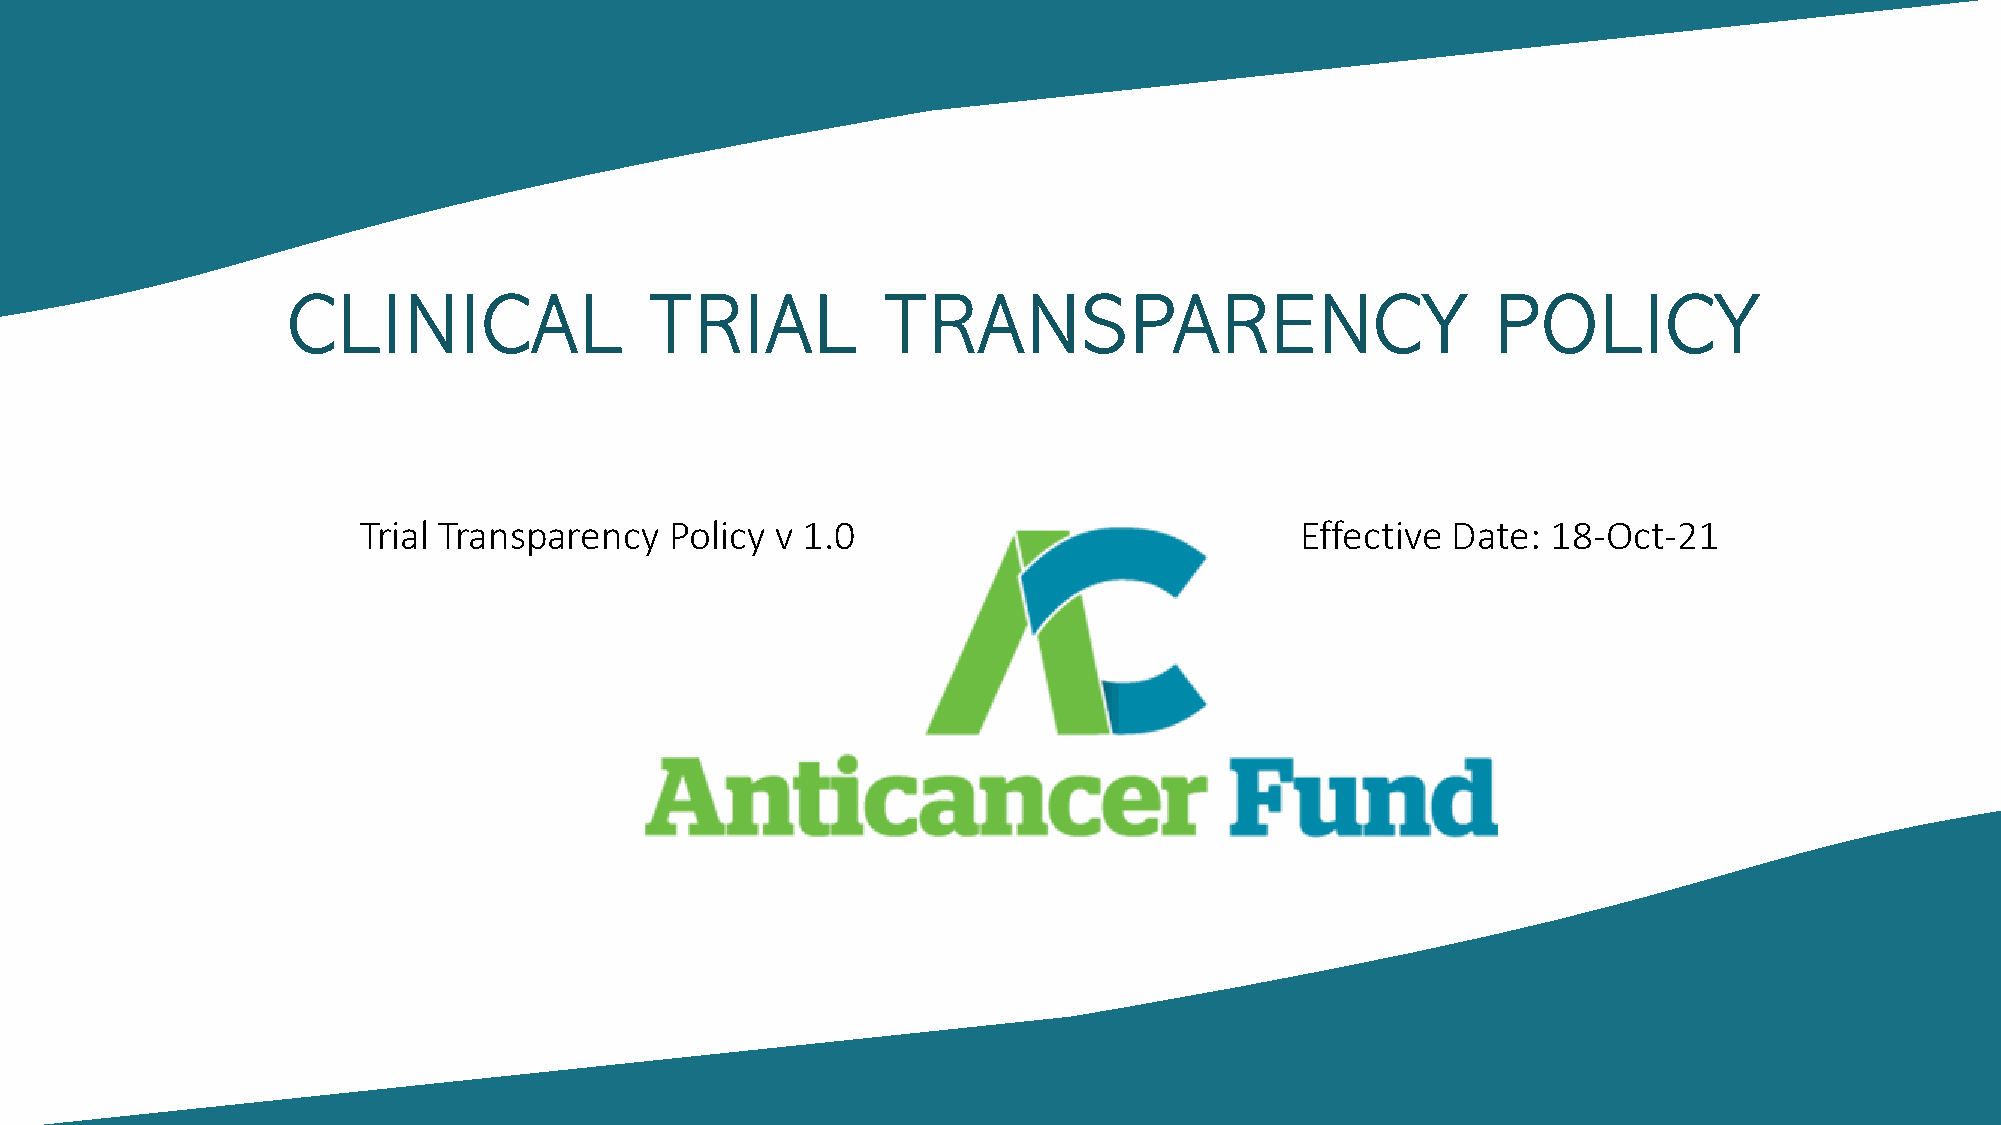
CLINICAL                TRIAL           TRANSPARENCY                            POLICY
 Trial Transparency  Policy v 1.0                              Effective Date:  18-Oct-21